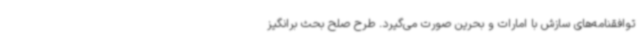
توافقنامه‌های سازش با امارات و بحرین صورت می‌گیرد. طرح صلح بحث برانگیز